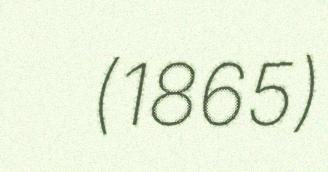
(1865)